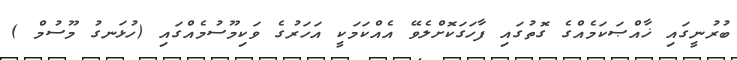
ބުރުނީގައި ޚާއްޞަކަމެއްގެ ގޮތުގައި ފާހަގަކޮށްލެވޭ އެއްކަމަކީ އަހަރުގެ ވަކިމޫސުމެއްގައި (ހުޅަނގު މޫސުމް )